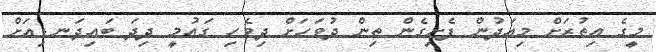
މީގެ އިތުރަށް މިއަދުން ފެށިގެން ތިން ދުވަހަށް ދިވެހި ގައުމީ ދިދަ ބައިދަނޑިއަށް